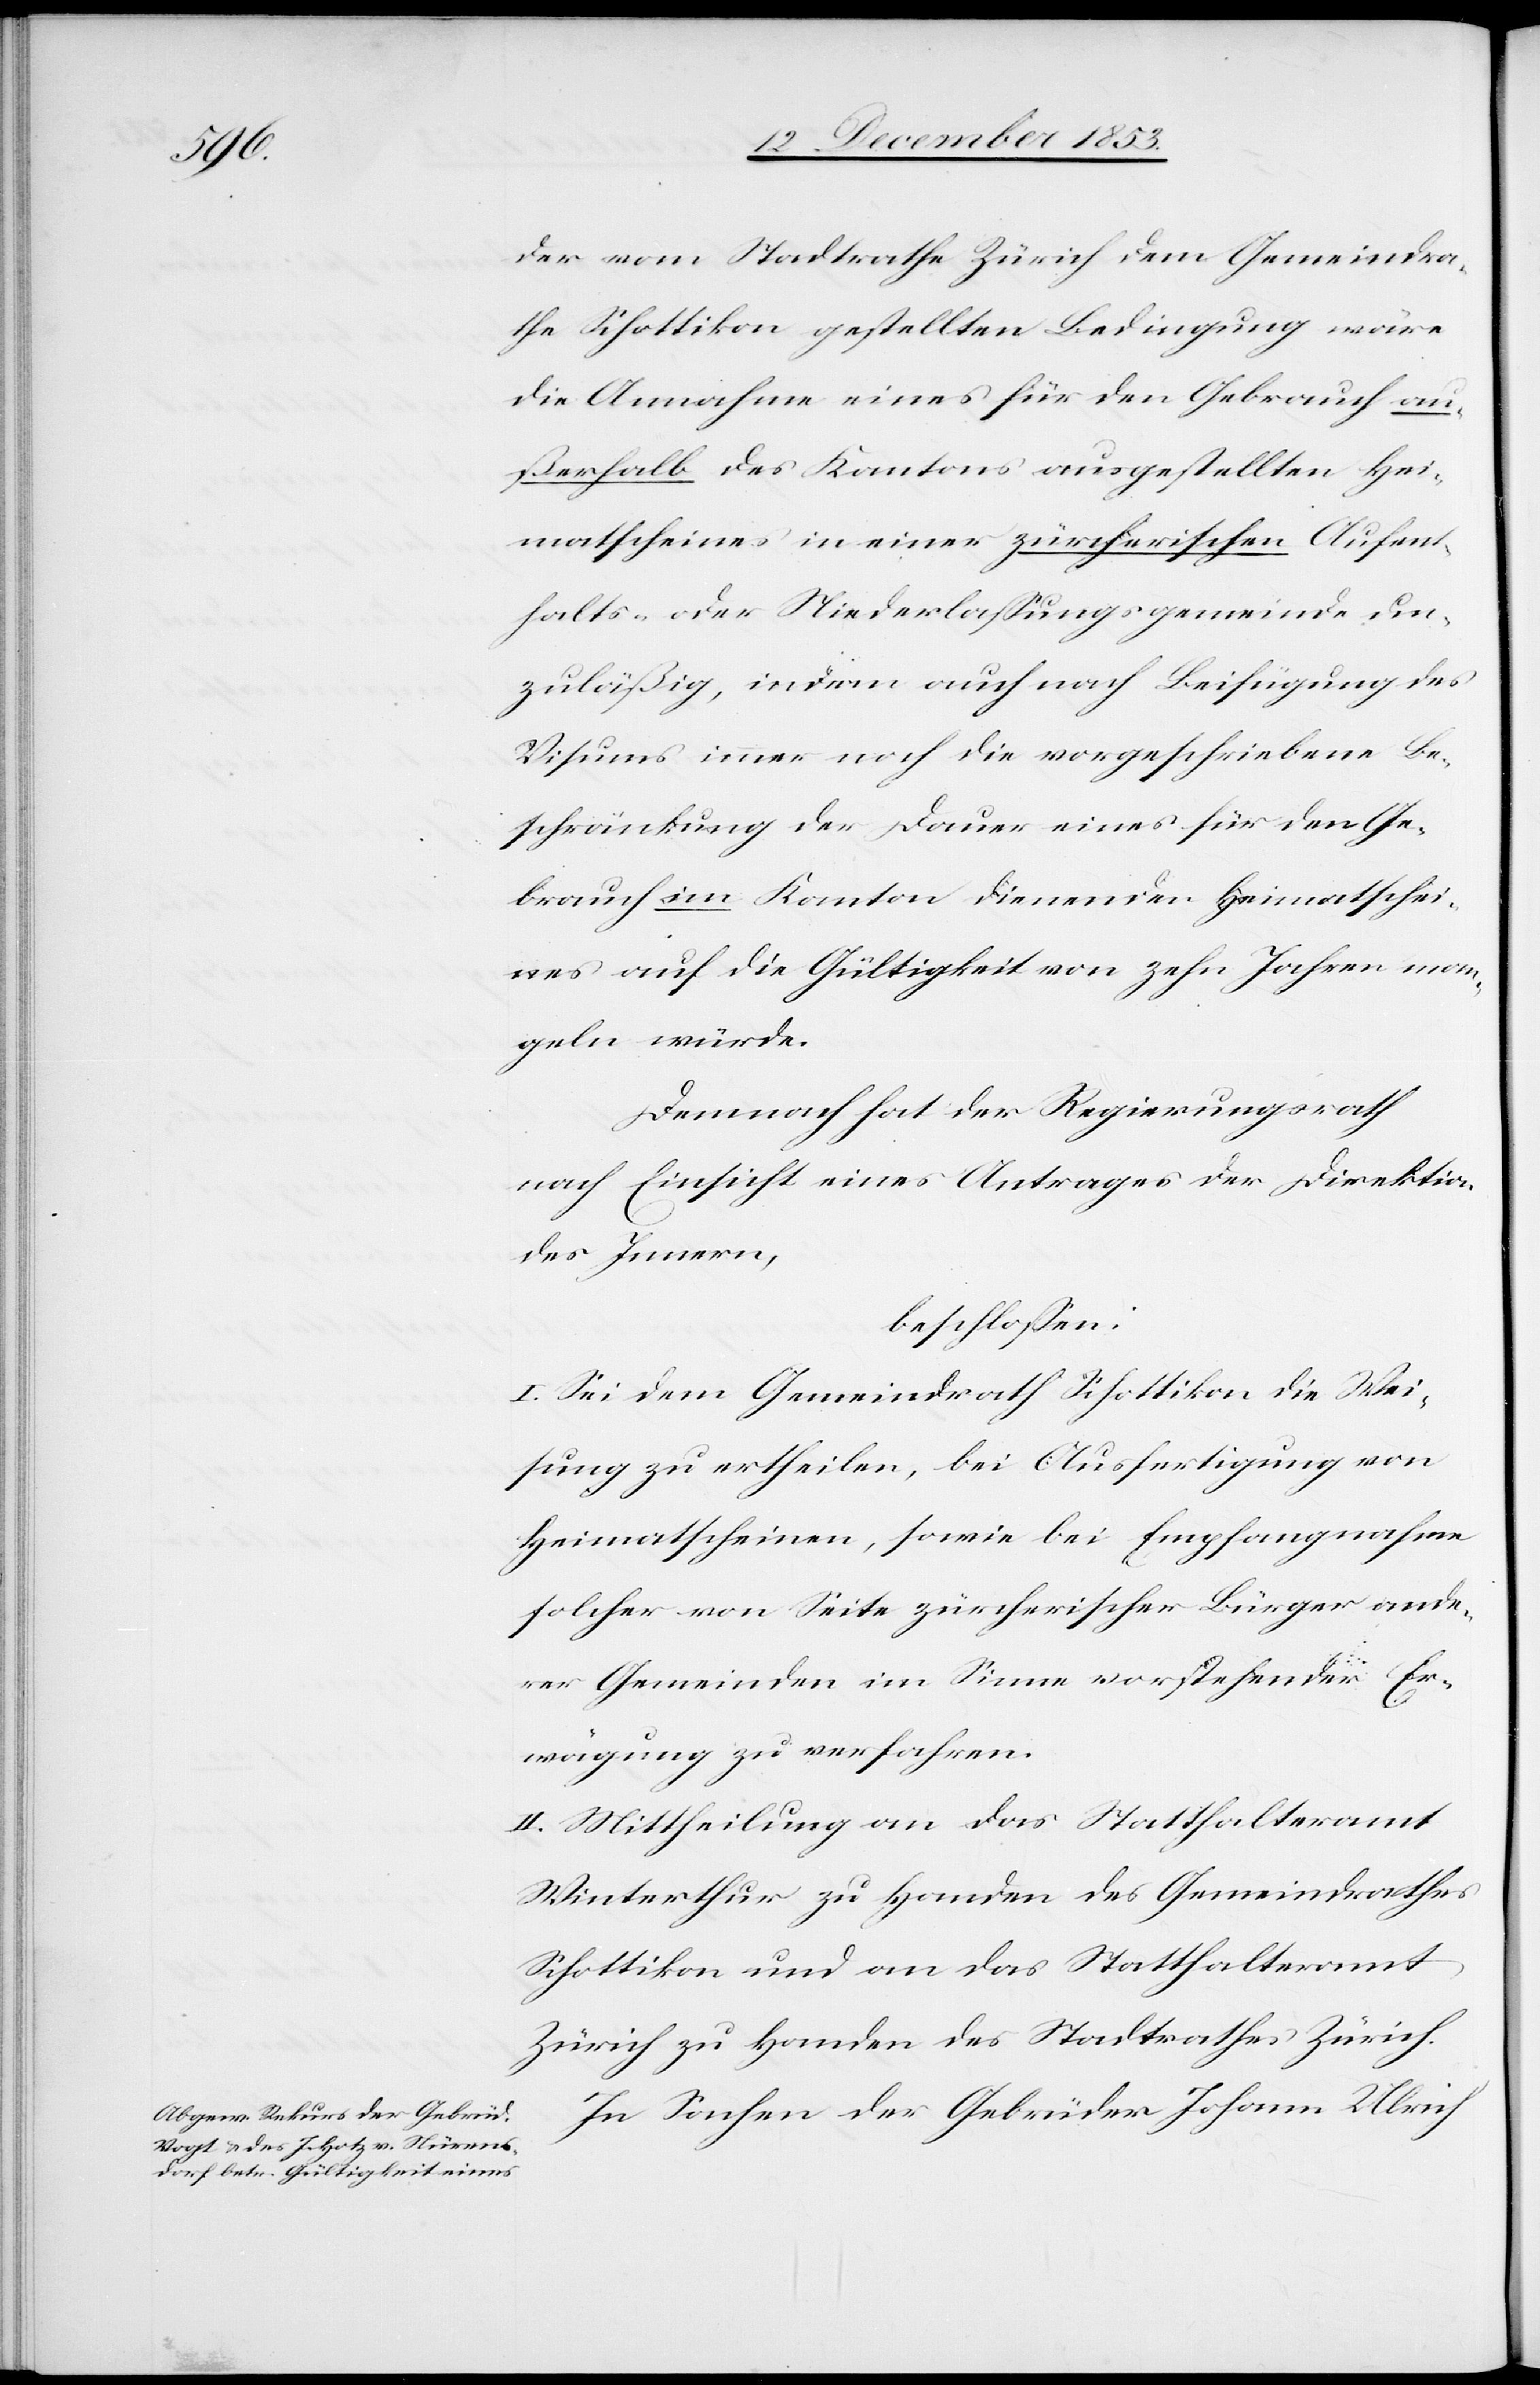
der vom Stadtrathe Zürich dem Gemeindra¬
the Schottikon gestellten Bedingung wäre
die Annahme eines für den Gebrauch au¬
ßerhalb des Kantons ausgestellten Hei¬
matscheines in einer zürcherischen Aufent¬
halts- oder Niederlaßungsgemeinde un¬
zuläßig, indem auch nach Beifügung des
Visums immer noch die vorgeschriebene Be¬
schränkung der Dauer eines für den Ge¬
brauch im Kanton dienenden Heimatschei¬
ne auf die Gültigkeit von zehn Jahren man¬
geln würde.
Demnach hat der Regierungsrath
nach Einsicht eines Antrages der Direktion
des Innern,
beschloßen:
I. Sei dem Gemeindrath Schottikon die Wei¬
sung zu ertheilen, bei Ausfertigung von
Heimatscheinen, sowie bei Empfangsnahme
solcher von Seite zürcherischer Bürger ande¬
rer Gemeinden im Sinne vorstehender Er¬
wägung zu verfahren.
II. Mittheilung an das Statthalteramt
Winterthur zu Handen des Gemeindrathes
Schottikon und an das Statthalteramt
Zürich zu Handen des Stadtrathes Zürich.
In Sachen der Gebrüder Johann Ulrich